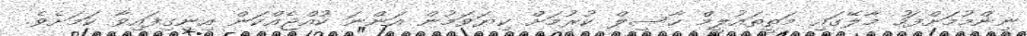
ނިންމުމަށްފަހު މާލޭގައި މަތީތައުލީމް ހާސިލް ކުރުމަށް ކިޔަވަމުން އަންނަ ކުއްޖެއްކަން އިނގިފައިވާ ކަަމަށެވެ.